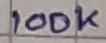
Text: 100K